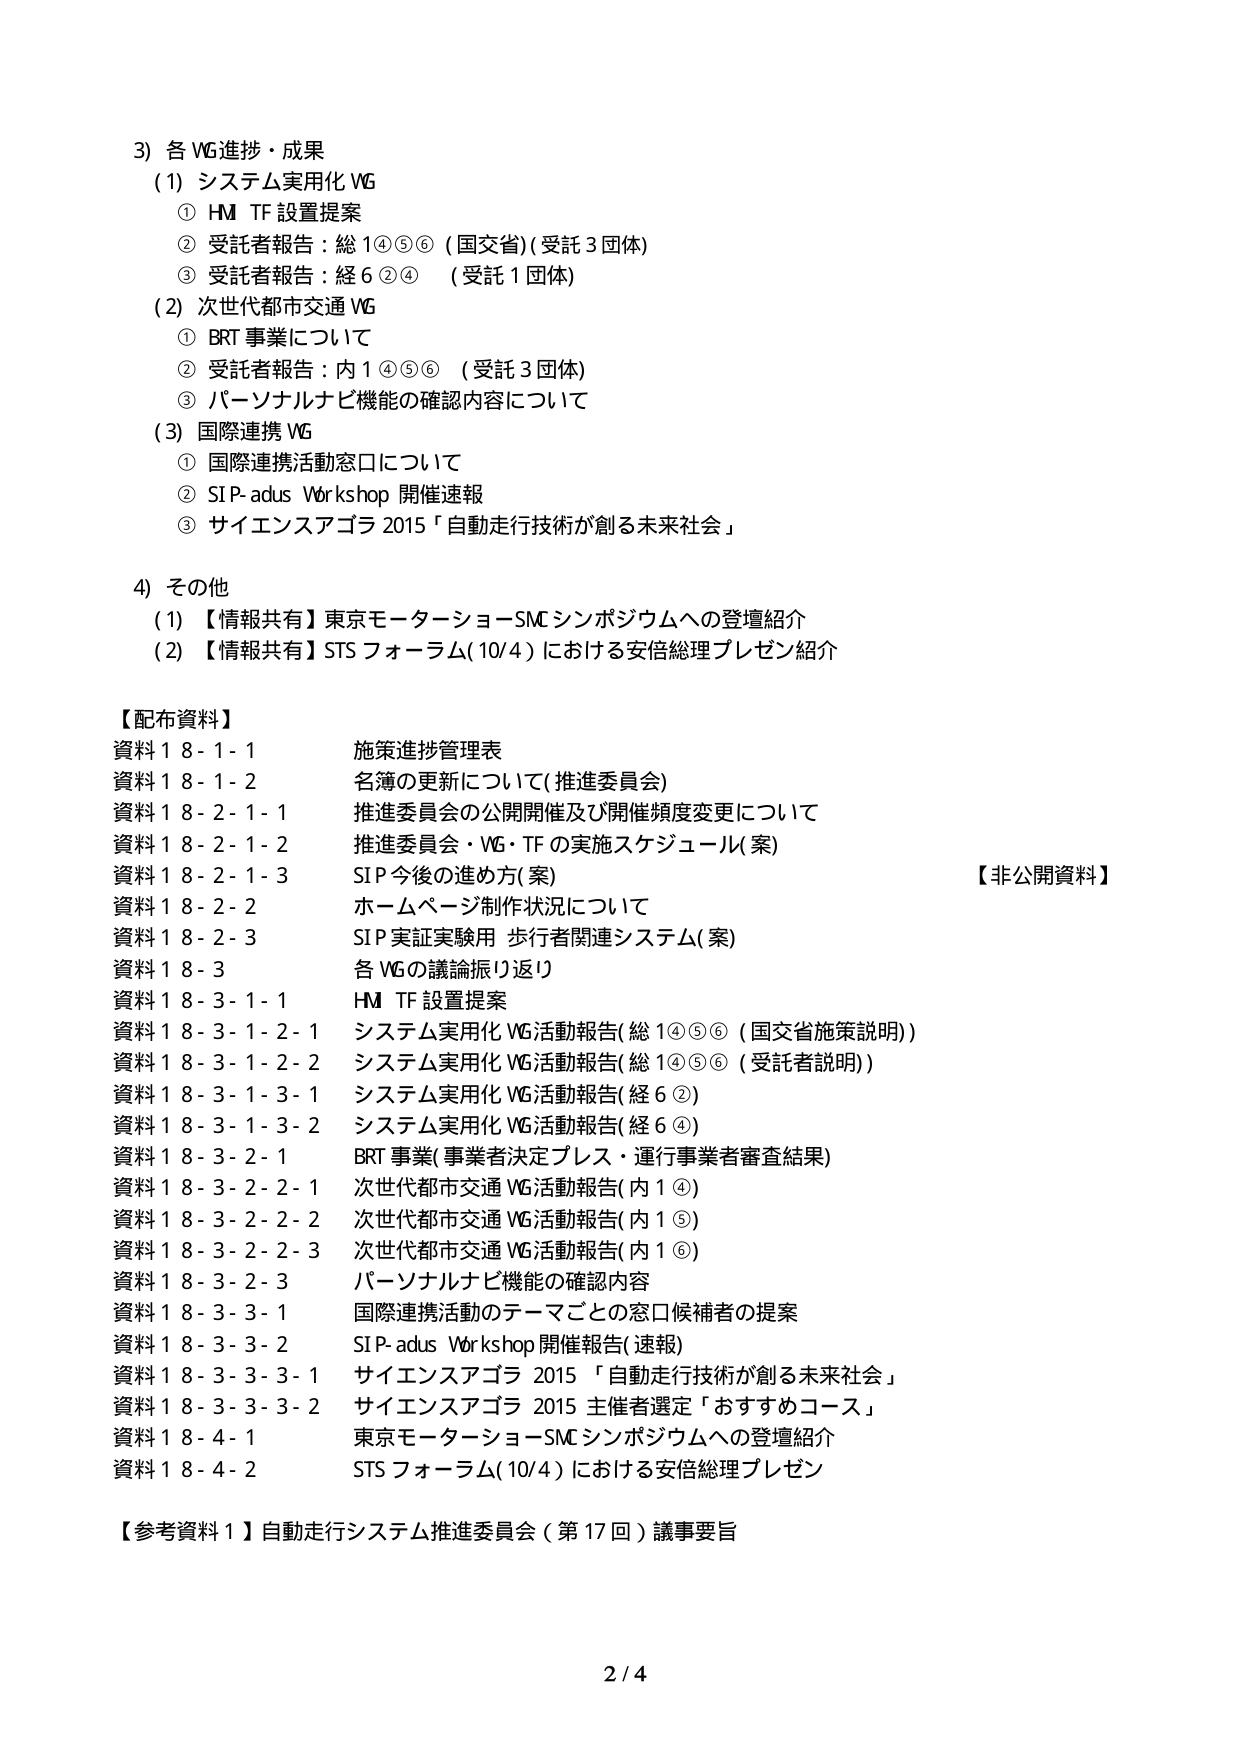
3) 各 WG進捗・成果
(1) システム実用化 WG
　① HM TF 設置提案
　② 受託者報告：総 1④⑤⑥（国交省）（受託 3 団体）
　③ 受託者報告：経 6②④　（受託 1 団体）
(2) 次世代都市交通 WG
　① BRT 事業について
　② 受託者報告：内 1④⑤⑥　（受託 3 団体）
　③ パーソナルナビ機能の確認内容について
(3) 国際連携 WG
　① 国際連携活動窓口について
　② SIP-adus Workshop 開催速報
　③ サイエンスアゴラ 2015「自動走行技術が創る未来社会」

4) その他
(1) 【情報共有】東京モーターショーSMCシンポジウムへの登壇紹介
(2) 【情報共有】STS フォーラム(10/4)における安倍総理プレゼン紹介

【配布資料】
資料18-1-1　施策進捗管理表
資料18-1-2　名簿の更新について（推進委員会）
資料18-2-1-1　推進委員会の公開開催及び開催頻度変更について
資料18-2-1-2　推進委員会・WG・TFの実施スケジュール（案）
資料18-2-1-3　SIP今後の進め方（案）
資料18-2-2　ホームページ制作状況について
資料18-2-3　SIP実証実験用 歩行者関連システム（案）
資料18-3　各 WGの議論振り返り
資料18-3-1-1　HM TF 設置提案
資料18-3-1-2-1　システム実用化 WG活動報告（総1④⑤⑥（国交省施策説明））
資料18-3-1-2-2　システム実用化 WG活動報告（総1④⑤⑥（受託者説明））
資料18-3-1-3-1　システム実用化 WG活動報告（経6②）
資料18-3-1-3-2　システム実用化 WG活動報告（経6④）
資料18-3-2-1　BRT事業（事業者決定プレス・運行事業者審査結果）
資料18-3-2-2-1　次世代都市交通 WG活動報告（内1④）
資料18-3-2-2-2　次世代都市交通 WG活動報告（内1⑤）
資料18-3-2-2-3　次世代都市交通 WG活動報告（内1⑥）
資料18-3-2-3　パーソナルナビ機能の確認内容
資料18-3-3-1　国際連携活動のテーマごとの窓口候補者の提案
資料18-3-3-2　SIP-adus Workshop 開催報告（速報）
資料18-3-3-3-1　サイエンスアゴラ 2015「自動走行技術が創る未来社会」
資料18-3-3-3-2　サイエンスアゴラ 2015 主催者選定「おすすめコース」
資料18-4-1　東京モーターショーSMCシンポジウムへの登壇紹介
資料18-4-2　STS フォーラム(10/4)における安倍総理プレゼン

【参考資料1】自動走行システム推進委員会（第17回）議事要旨

【非公開資料】

2/4